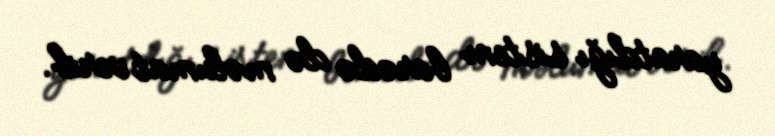
yaratdığı sistem barədə də məlumat verib.